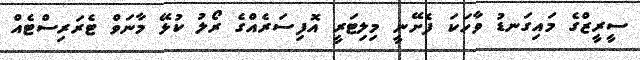
ސީރީޒްގެ މައިގަނޑު ވާހަކަ ފެށޭނީ މިލިޓަރީ އޮފިސަރެއްގެ ރޯލު ކުޅޭ މާނަވް ޓެރަރިސްޓެއް